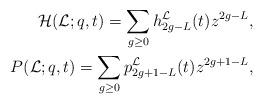
LaTeX: \begin{align*}\mathcal{H}(\mathcal{L};q,t)=\sum_{g\geq 0}h_{2g-L}^{\mathcal{L}}(t)z^{2g-L},\\P(\mathcal{L};q,t)=\sum_{g\geq0}p_{2g+1-L}^{\mathcal{L}}(t)z^{2g+1-L},\end{align*}